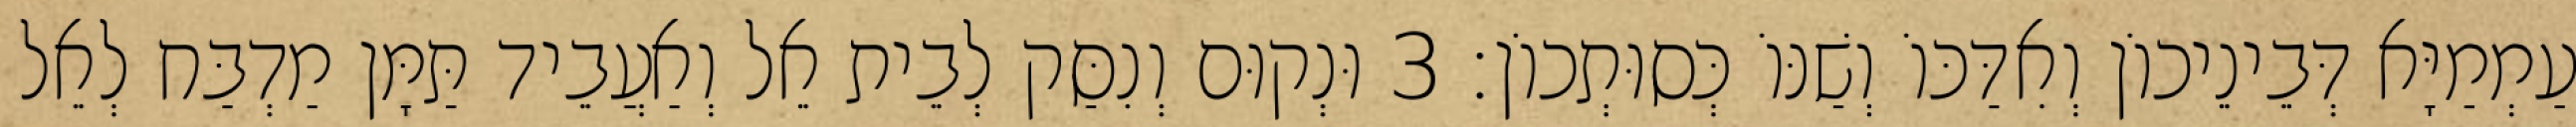
עַמְמַיָּא דְּבֵינֵיכוֹן וְאִדַּכּוֹ וְשַׁנּוֹ כְּסוּתְכוֹן׃ 3 וּנְקוּם וְנִסַּק לְבֵית אֵל וְאַעֲבֵיד תַּמָּן מַדְבַּח לְאֵל